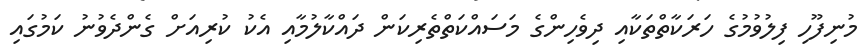
މުނިފޫހި ފިލުވުމުގެ ހަރަކާތްތަކާއި ދިވެހިންގެ މަސައްކަތްތެރިކަން ދައްކާލުމާއި އެކު ކުރިއަށް ގެންދެވުނު ކަމުގައި